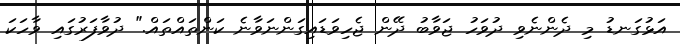
އަޅުގަނޑު މި ދެންނެވި ދުވަހު ޖަވާބު ދޭން ޖެހިވަޑައިގަންނަވާނެ ކަންތައްތައް." ދުވާފަރުގައި ވާހަކަ